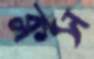
ক্লস